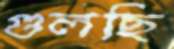
গুলছি